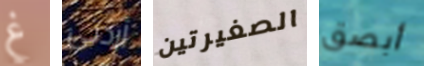
غ أردتى الصغيرتين أبصق